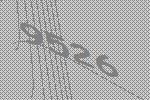
9526